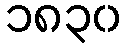
၁၈၃၀